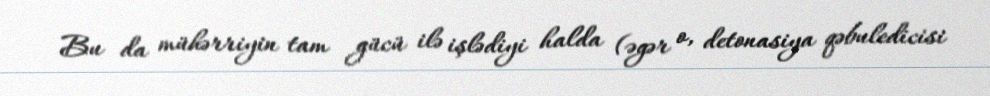
Bu da mühərriyin tam gücü ilə işlədiyi halda (əgər o, detonasiya qəbuledicisi